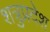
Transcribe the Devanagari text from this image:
शत्रुप्रदेश